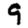
Digit: 9